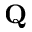
\mathbf Q